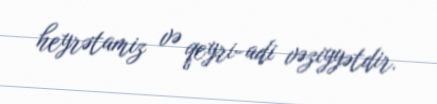
heyrətamiz və qeyri-adi vəziyyətdir.